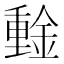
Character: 𰼞